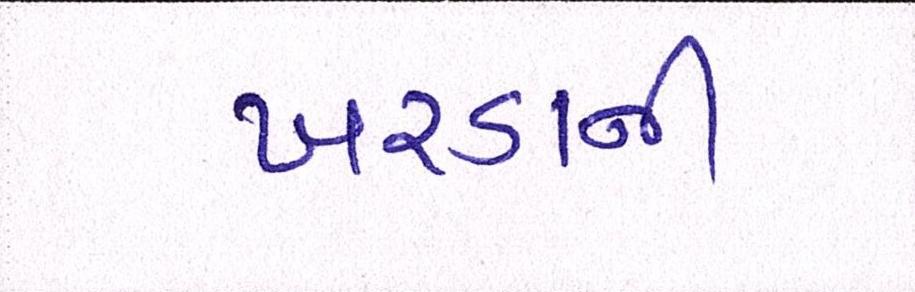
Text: ખરડાની